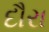
દૌરા